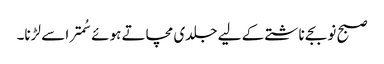
صبح نو بجے ناشتے کے لیے جلدی مچاتے ہوئے سُمترا سے لڑنا۔